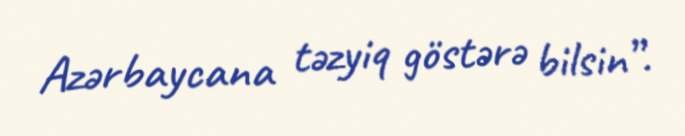
Azərbaycana təzyiq göstərə bilsin”.